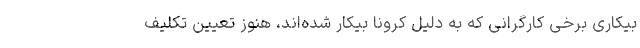
بیکاریِ برخی کارگرانی که به دلیل کرونا بیکار شده‌اند، هنوز تعیین تکلیف